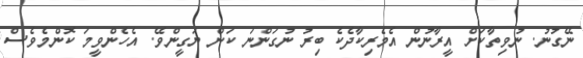
ނޭގުނު. ނުވިތާކަށް އީރާނުން އެމެރިކާދެކެ ބިރު ނުގަންނަ ކަން ޔަގީންވޭ. އެހެންވީމަ ކޮންމެވެސް